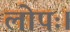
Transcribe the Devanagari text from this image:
लोपः।